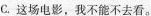
C.这场电影，我不能不去看。